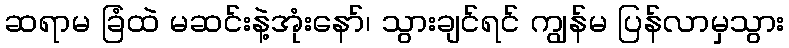
ဆရာမ ခြံထဲ မဆင်းနဲ့အုံးနော်၊ သွားချင်ရင် ကျွန်မ ပြန်လာမှသွား